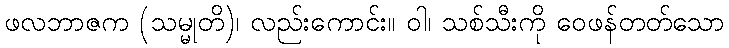
ဖလဘာဇက (သမ္မုတိ)၊ လည်းကောင်း။ ဝါ၊ သစ်သီးကို ဝေဖန်တတ်သော